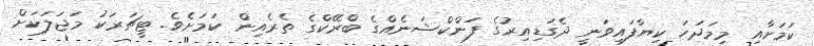
ކަމަށާއި މިމަދަހަ ކިޔާފައިވަނީ ދެގަޑިއިރުގެ ފަންކްޝަނެއްގެ ބްރޭކްގެ ތެރެއިން ކަމަށެވެ. ޓީޗަރަކު މަޖަލަކަށް